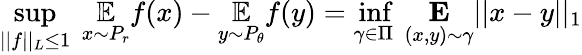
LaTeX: \underset{||f||_{L}\leq 1}{\operatorname*{sup}}\ \underset{x\sim P_{r}}{\mathbb{E}}f(x)-\underset{y\sim P_{\theta}}{\mathbb{E}}f(y)=\underset{\gamma\in\Pi}{\operatorname*{inf}}\ \underset{(x,y)\sim\gamma}{\mathbf{E}}||x-y||_{1}